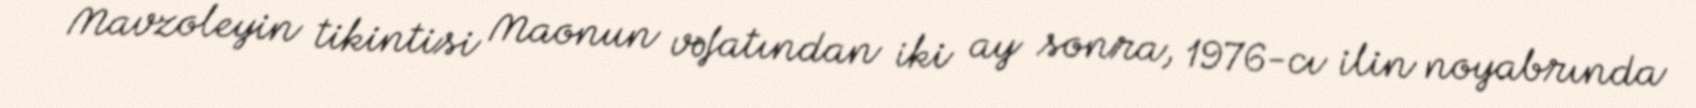
Mavzoleyin tikintisi Maonun vəfatından iki ay sonra, 1976-cı ilin noyabrında